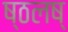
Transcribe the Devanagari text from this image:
ष्ठलष्